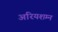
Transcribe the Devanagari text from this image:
अरियशम्न